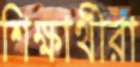
শিক্ষার্থীরা